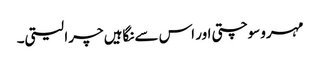
مہرو سوچتی اور اس سے نگاہیں چرا لیتی۔